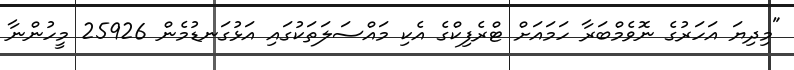
"މިދިޔަ އަހަރުގެ ނޮވެމްބަރާ ހަމައަށް ޓްރެފިކްގެ އެކި މައްސަލަތަކުގައި އަޅުގަނޑުމެން 25926 މީހުންނާ